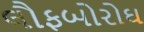
લૌફબોરોઘ